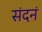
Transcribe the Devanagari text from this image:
संदनं